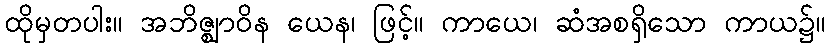
ထိုမှတပါး။ အဘိဇ္ဈာဝိန ယေန၊ ဖြင့်။ ကာယေ၊ ဆံအစရှိသော ကာယ၌။